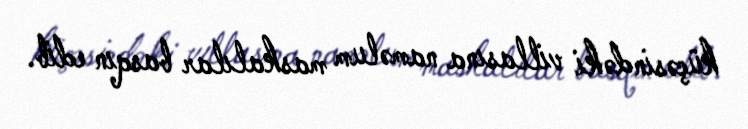
küçəsindəki villasına naməlum maskalılar basqın edib.